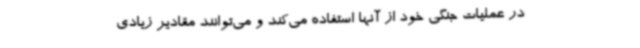
در عملیات جنگی خود از آنها استفاده می‌کند و می‌توانند مقادیر زیادی